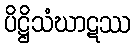
ပိဋ္ဌိသံဃာဋဿ